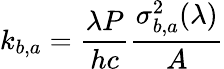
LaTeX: k_{b,a}=\frac{\lambda P}{hc}\frac{\sigma_{b,a}^{2}(\lambda)}{A}